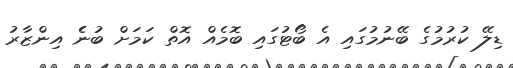
ޑިލޭ ކުރުމުގެ ބޭނުމުގައި އެ ބޯޓުގައި ބޮމެއް އޮތް ކަމަށް ބުނެެ އިންޒާރު